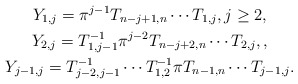
\begin{gather*}Y_{1,j}=\pi^{j-1} T_{n-j+1,n} \cdots T_{1,j}, j \ge 2,\\Y_{2,j}=T_{1,j-1}^{-1}\pi^{j-2} T_{n-j+2,n}\cdots T_{2,j}, ,\\Y_{j-1,j} = T_{j-2,j-1}^{-1} \cdots T_{1,2}^{-1} \pi T_{n-1,n} \cdots T_{j-1,j}.\end{gather*}